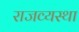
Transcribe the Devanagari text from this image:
राजव्यस्था